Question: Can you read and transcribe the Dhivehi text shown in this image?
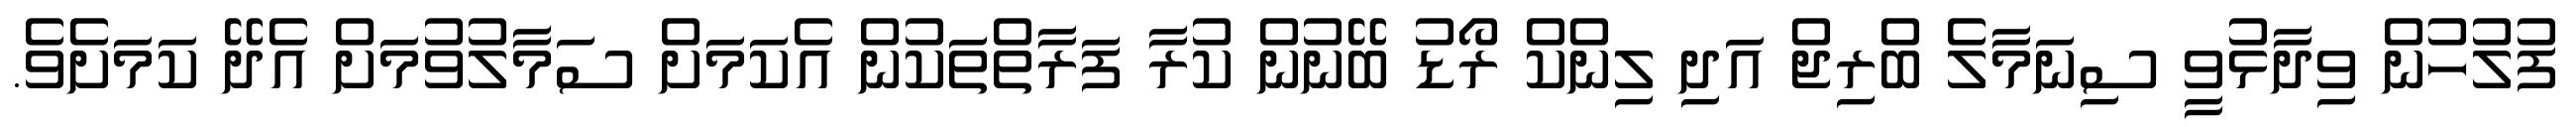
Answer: ފުލުހުން ވިދާޅުވީ ސިނަމާލެ ބްރިޖް އަދި ލިންކް ރޯޑު ބޭނުން ކުރާ ފަރާތްތަކުން އެކަމަށް ސަމާލުވުމަށް އެދޭ ކަމަށެވެ.